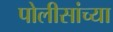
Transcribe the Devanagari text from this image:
पोलीसांच्या